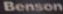
Benson